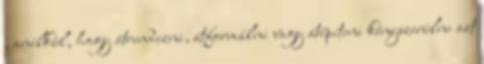
, anélkül, hogy átrendezni, átformálni vagy átépíteni kényszerülne azt